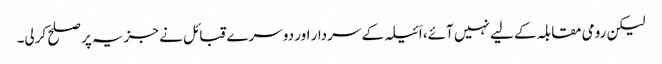
لیکن رومی مقابلہ کے لیے نہیں آئے، اَئیلہ کے سردار اور دوسرے قبائل نے جزیہ پر صلح کرلی۔